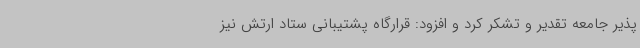
پذیر جامعه تقدیر و تشکر کرد و افزود: قرارگاه پشتیبانی ستاد ارتش نیز